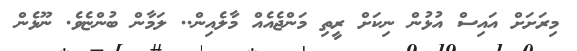
މިރަށަށް އައިސް އުޅުން ނިކަށް ރީތި މަންޖެއެއް މާލެއިން.. ލަމާން ބުންޏެވެ. ނޫޅެން